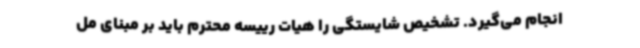
انجام می‌گیرد. تشخیص شایستگی را هیات رییسه محترم باید بر مبنای مل